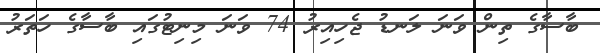
ބާސާގެ ތިން ވަނަ ލަނޑު ޖެހިއިރު 74 ވަނަ މިނިޓުގައި ބާސާގެ ހަތަރު